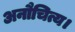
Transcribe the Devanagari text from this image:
अनौचित्य।